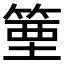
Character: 𥯑